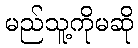
မည်သူ့ကိုမဆို